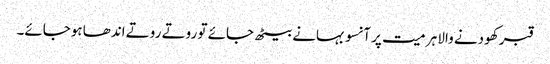
قبر کھودنے والا ہر میت پر آنسو بہانے بیٹھ جائے تو روتے روتے اندھا ہوجائے۔